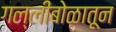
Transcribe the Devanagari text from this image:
गल्लीबोळातून